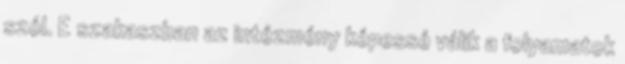
szól. E szakaszban az intézmény képessé válik a folyamatok